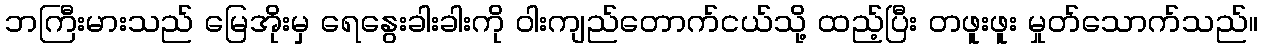
ဘကြီးမားသည် မြေအိုးမှ ရေနွေးခါးခါးကို ဝါးကျည်တောက်ငယ်သို့ ထည့်ပြီး တဖူးဖူး မှုတ်သောက်သည်။